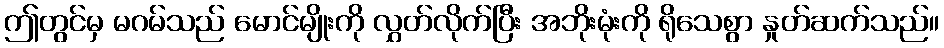
ဤတွင်မှ မဂမ်သည် မောင်မျိုးကို လွှတ်လိုက်ပြီး အဘိုးမုံးကို ရိုသေစွာ နှုတ်ဆက်သည်။